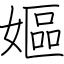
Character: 嫗